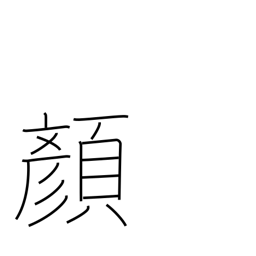
Meaning: expression